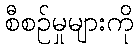
စီစဉ်မှုများကို